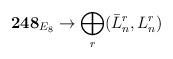
LaTeX: \begin{align*}{\bf 248}_{E_8}\rightarrow \bigoplus_r (\bar{L}_n^r,L_n^r)\end{align*}